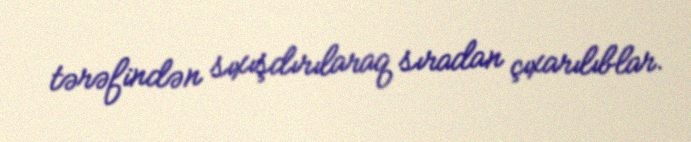
tərəfindən sıxışdırılaraq sıradan çıxarılıblar.